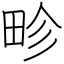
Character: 畛